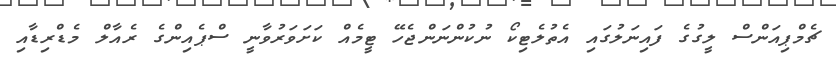
ޗެމްޕިއަންސް ލީގުގެ ފައިނަލުގައި އެތުލެޓިކޯ ނުކުންނަންޖެހޭ ޓީމެއް ކަށަވަރުވާނީ ސްޕެއިންގެ ރެއާލް މެޑްރިޑާއި